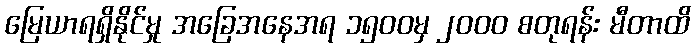
မြေယာရရှိနိုင်မှု အခြေအနေအရ ၁၅၀၀မှ ၂၀၀၀ စတုရန်း မီတာထိ